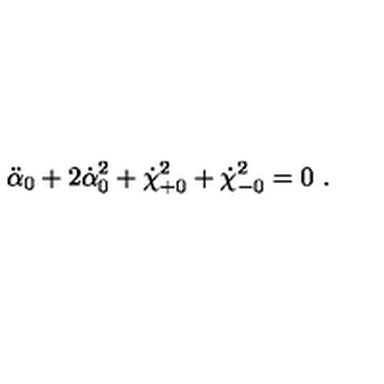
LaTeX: \ddot { \alpha } _ { 0 } + 2 \dot { \alpha } _ { 0 } ^ { 2 } + \dot { \chi } _ { + 0 } ^ { 2 } + \dot { \chi } _ { - 0 } ^ { 2 } = 0 \ .